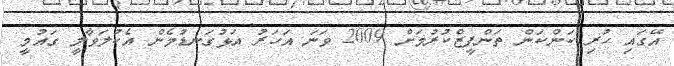
އޭގައި ހުރި ކަންކަން ތަންފީޒްކުރުމަށް 2009 ވަނަ އަހަރު އަޅުގަނޑުމެން އެކުލަވާލީ ގައުމީ